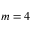
m = 4